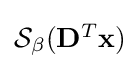
{\textstyle {\mathcal {S}}_{\beta }(\mathbf {D} ^{T}\mathbf {x} )}